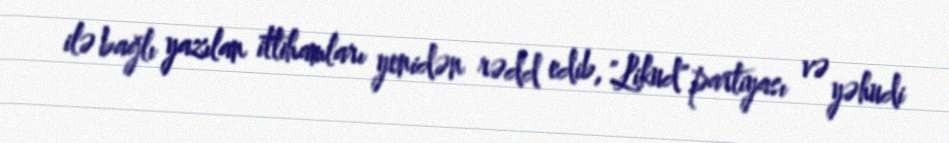
ilə bağlı yazılan ittihamları yenidən rədd edib, "Likud" partiyası və yəhudi